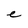
Character: e